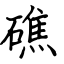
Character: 礁